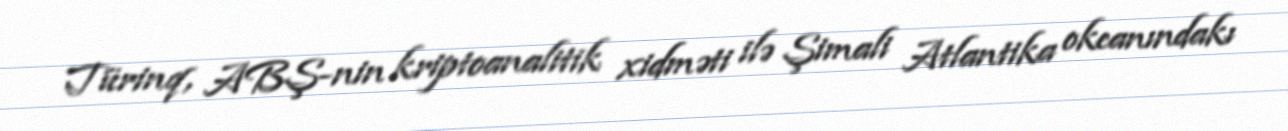
Türinq, ABŞ-nin kriptoanalitik xidməti ilə Şimali Atlantika okeanındakı